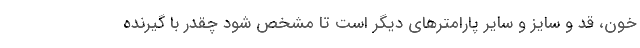
خون، قد و سایز و سایر پارامتر‌های دیگر است تا مشخص شود چقدر با گیرنده